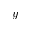
y